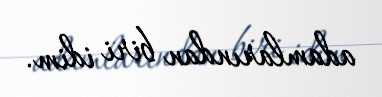
adamlarından biri idim.